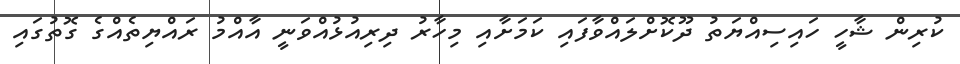
ކުރިން ޝާހީ ހައިސިއްޔަތު ދޫކޮށްލައްވާފައި ކަމަށާއި މިހާރު ދިރިއުޅުއްވަނީ އާއްމު ރައްޔިތެއްގެ ގޮތުގައި